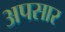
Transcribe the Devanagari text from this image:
अपसार